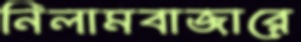
নিলামবাজারে